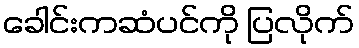
ခေါင်းကဆံပင်ကို ပြလိုက်